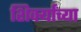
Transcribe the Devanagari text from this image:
शिर्क्यांच्या